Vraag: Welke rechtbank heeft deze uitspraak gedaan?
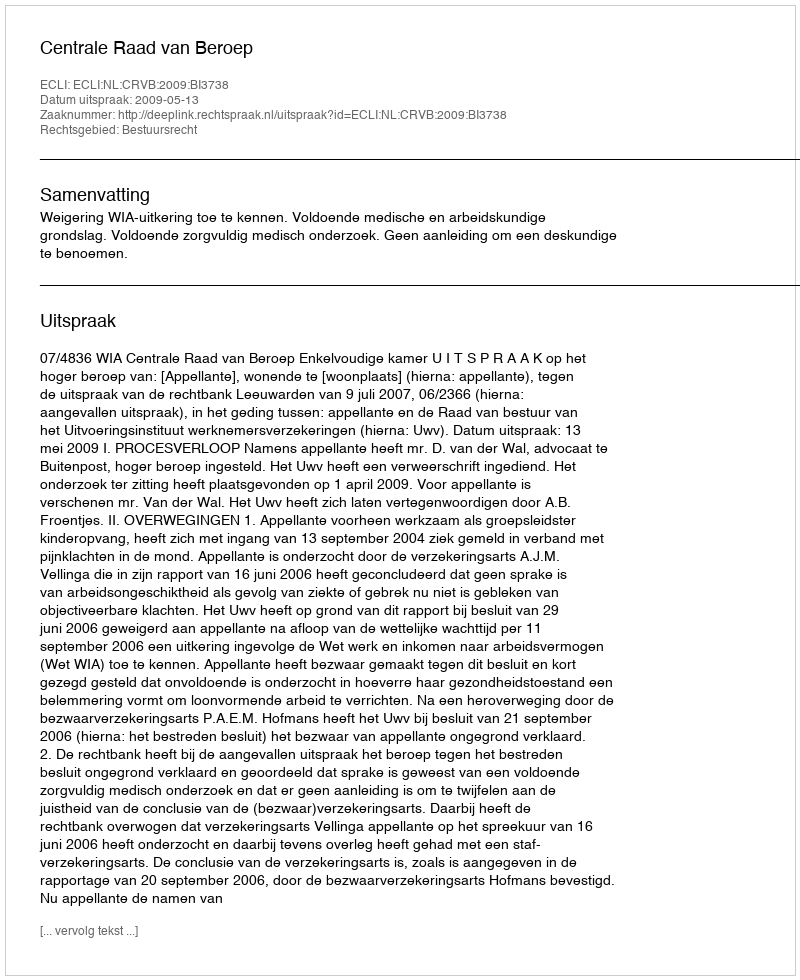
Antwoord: Centrale Raad van Beroep